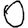
Digit: 0